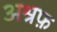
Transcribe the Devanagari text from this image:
अश्रफ़